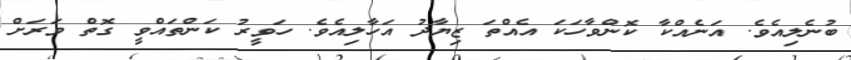
ބުނެލިއެވެ. އަނެއްކާ ކޮންވާހަކަ އެއްތަ ޒިޔާދު އަހާލިއެވެ. ހަވީރު ކަންތައްވީ ގޮތް ވަރަށް